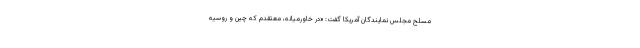
مسلح مجلس نمایندگان آمریکا گفت: «در خاورمیانه،‌ معتقدم که چین و روسیه